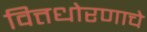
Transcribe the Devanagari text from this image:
वित्तधोरणाचे